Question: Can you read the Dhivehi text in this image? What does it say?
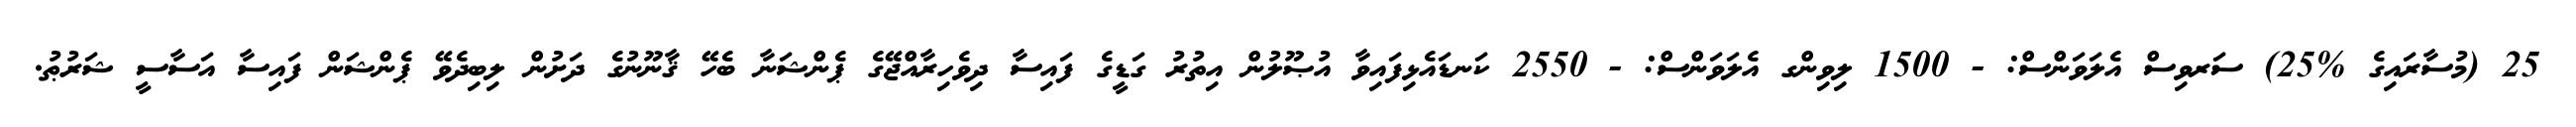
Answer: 25 (މުސާރައިގެ %25) ސަރވިސް އެލަވަންސް: - 1500 ލިވިންގ އެލަވަންސް: - 2550 ކަނޑައެޅިފައިވާ އުޞޫލުން އިތުރު ގަޑީގެ ފައިސާ ދިވެހިރާއްޖޭގެ ޕެންޝަނާ ބެހޭ ޤާނޫނުގެ ދަށުން ލިބިދެވޭ ޕެންޝަން ފައިސާ އަސާސީ ޝަރުޠު.